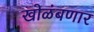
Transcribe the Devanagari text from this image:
खोळंबणार